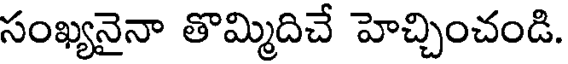
సంఖ్యనైనా తొమ్మిదిచే హెచ్చించండి.